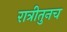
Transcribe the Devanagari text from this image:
रात्रीतुनच